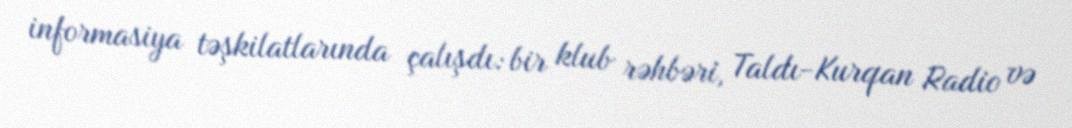
informasiya təşkilatlarında çalışdı: bir klub rəhbəri, Taldı-Kurqan Radio və